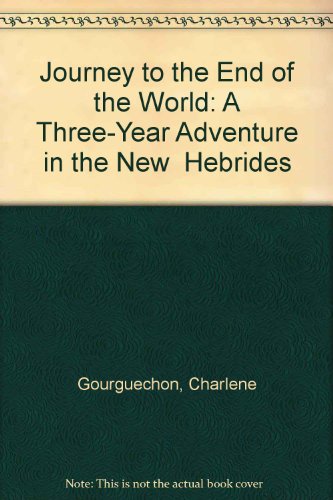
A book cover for Journey to the End of the World: A Three-Year Adventure in the New  Hebrides; Charlene Gourguechon; Travel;